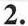
2.